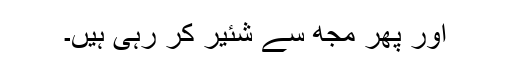
اور پھر مجھ سے شئیر کر رہی ہیں۔